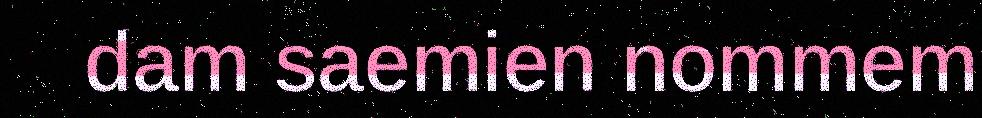
dam saemien nommem